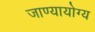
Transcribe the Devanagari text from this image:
जाण्यायोग्य